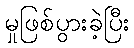
မှုဖြစ်ပွားခဲ့ပြီး